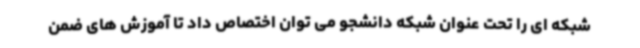
شبکه ای را تحت عنوان شبکه دانشجو می توان اختصاص داد تا آموزش های ضمن